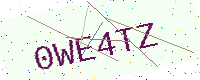
Text: 0WE4TZ